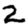
Digit: 2